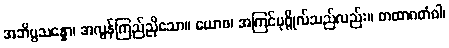
အဘိပ္ပသန္နော၊ အလွန်ကြည်ညိုသော။ ယောစ၊ အကြင်ပုဂ္ဂိုလ်သည်လည်း။ တထာဂတံဝါ၊